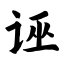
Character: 诬